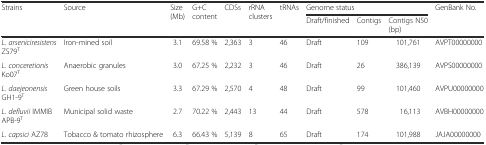
<table><thead><tr><td rowspan="2"><b>Strains</b></td><td rowspan="2"><b>Source</b></td><td rowspan="2"><b>Size (Mb)</b></td><td rowspan="2"><b>G+C content</b></td><td rowspan="2"><b>CDSs</b></td><td rowspan="2"><b>rRNA clusters</b></td><td rowspan="2"><b>tRNAs</b></td><td colspan="3"><b>Genome status</b></td><td rowspan="2"><b>GenBank No.</b></td></tr><tr><td><b>Draft/finished</b></td><td><b>Contigs</b></td><td><b>Contigs N50 (bp)</b></td></tr></thead><tbody><tr><td><i>L. arseniciresistens</i> ZS79<sup>T</sup></td><td>Iron-mined soil</td><td>3.1</td><td>69.58 %</td><td>2,363</td><td>3</td><td>46</td><td>Draft</td><td>109</td><td>101,761</td><td>AVPT00000000</td></tr><tr><td><i>L. conceretionis</i> Ko07<sup>T</sup></td><td>Anaerobic granules</td><td>3.0</td><td>67.25 %</td><td>2,232</td><td>3</td><td>46</td><td>Draft</td><td>26</td><td>386,139</td><td>AVPS00000000</td></tr><tr><td><i>L. daejeonensis</i> GH1-9<sup>T</sup></td><td>Green house soils</td><td>3.3</td><td>67.29 %</td><td>2,570</td><td>4</td><td>48</td><td>Draft</td><td>99</td><td>101,460</td><td>AVPU00000000</td></tr><tr><td><i>L. defluvii</i> IMMIB APB-9<sup>T</sup></td><td>Municipal solid waste</td><td>2.7</td><td>70.22 %</td><td>2,443</td><td>13</td><td>44</td><td>Draft</td><td>578</td><td>16,113</td><td>AVBH00000000</td></tr><tr><td><i>L. capsici</i> AZ78</td><td>Tobacco &amp; tomato rhizosphere</td><td>6.3</td><td>66.43 %</td><td>5,139</td><td>8</td><td>65</td><td>Draft</td><td>174</td><td>101,988</td><td>JAJA00000000</td></tr></tbody></table>